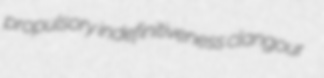
propulsory indefinitiveness clangour